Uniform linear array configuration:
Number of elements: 12
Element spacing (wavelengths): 0.5
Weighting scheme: binomial
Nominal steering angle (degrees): -60
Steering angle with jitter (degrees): -61.698
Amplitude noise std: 0.05
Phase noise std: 0.05

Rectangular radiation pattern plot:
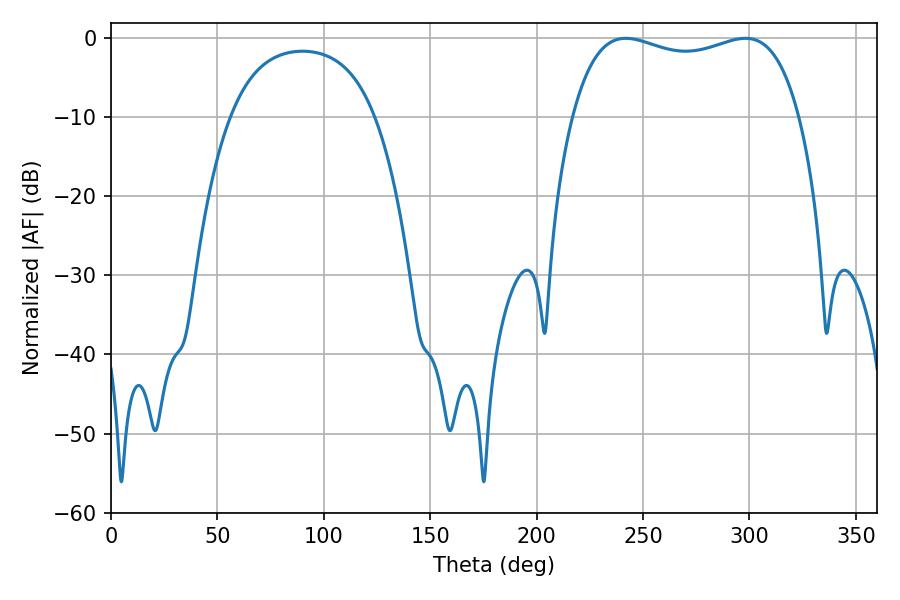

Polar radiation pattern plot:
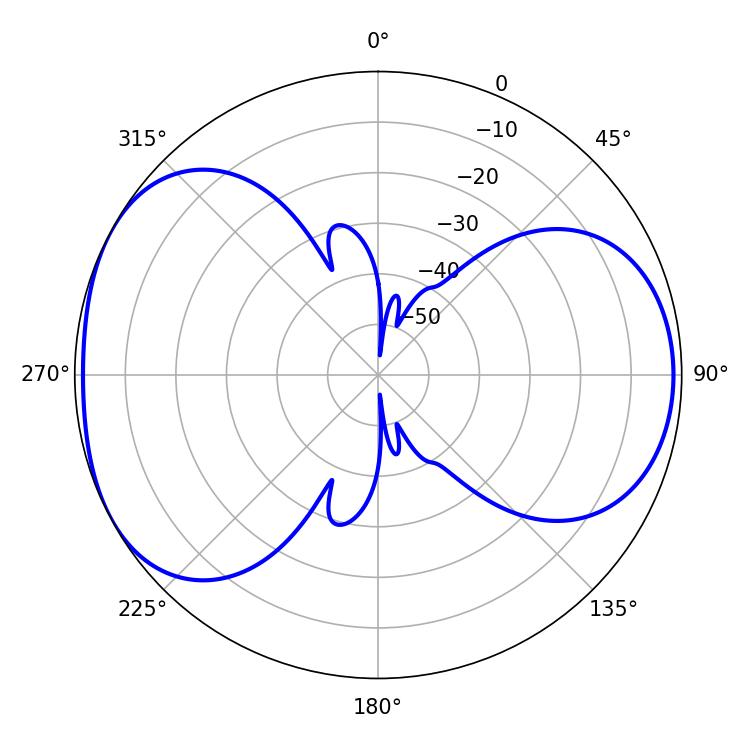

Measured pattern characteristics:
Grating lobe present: FALSE
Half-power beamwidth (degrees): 87.12
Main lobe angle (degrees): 241.92